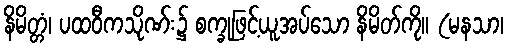
နိမိတ္တံ၊ ပထဝီကသိုဏ်း၌ စက္ခုဖြင့်ယူအပ်သော နိမိတ်ကို။ (မနသာ၊